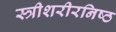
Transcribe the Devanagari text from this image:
स्त्रीशरीरनिष्ठ